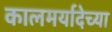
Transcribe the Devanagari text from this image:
कालमर्यादेच्या